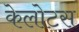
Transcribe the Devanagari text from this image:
केलोटस